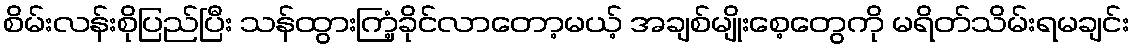
စိမ်းလန်းစိုပြည်ပြီး သန်ထွားကြံ့ခိုင်လာတော့မယ့် အချစ်မျိုးစေ့တွေကို မရိတ်သိမ်းရမချင်း